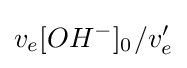
v_{e}[OH^{-}]_{0^{}}/v_{e}^{\prime }